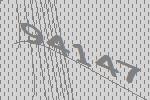
94147